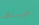
غوستاف